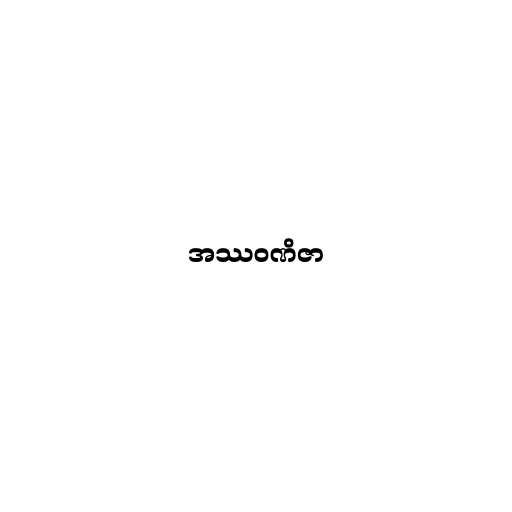
အဿဝဏိဇာ